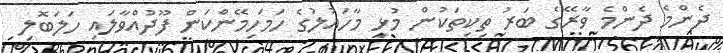
ދެންމެ ދެންމެ ވާރޭގެ ބަރު ތިކިތަކުން މުޅި މާހައުލުގެ ހަމަހިމޭންކަން ފޫދުއްވާލައި ހަލަބޮލި